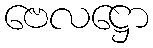
ဗေလဋ္ဌော